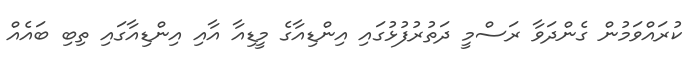
ކުރައްވަމުން ގެންދަވާ ރަސްމީ ދަތުރުފުޅުގައި އިންޑިއާގެ މީޑިއާ އާއި އިންޑިއާގައި ތިބި ބައެއް